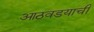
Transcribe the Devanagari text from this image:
आठवडयाची